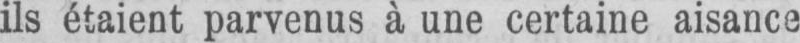
ils étaient parvenus à une certaine aisance